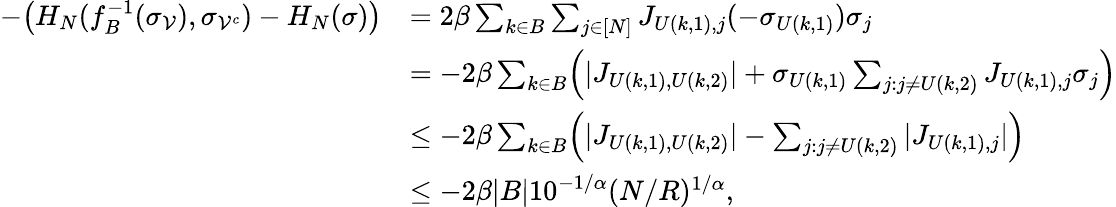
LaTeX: \begin{array}{rl}{-\bigl(H_{N}(f_{B}^{-1}(\sigma_{\mathcal{V}}),\sigma_{{\mathcal{V}}^{c}})-H_{N}(\sigma)\bigr)}&{=2\beta\sum_{k\in B}\sum_{j\in[N]}J_{U(k,1),j}(-\sigma_{U(k,1)})\sigma_{j}}\\ &{=-2\beta\sum_{k\in B}\Bigl(|J_{U(k,1),U(k,2)}|+\sigma_{U(k,1)}\sum_{j:j\neq U(k,2)}J_{U(k,1),j}\sigma_{j}\Bigr)}\\ &{\leq-2\beta\sum_{k\in B}\Bigl(|J_{U(k,1),U(k,2)}|-\sum_{j:j\neq U(k,2)}|J_{U(k,1),j}|\Bigr)}\\ &{\leq-2\beta|B|10^{-1/\alpha}(N/R)^{1/\alpha},}\end{array}